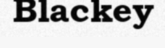
Blackey